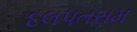
દલપતરામ